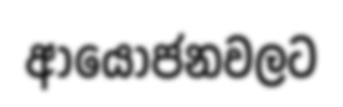
ආයෝජනවලට